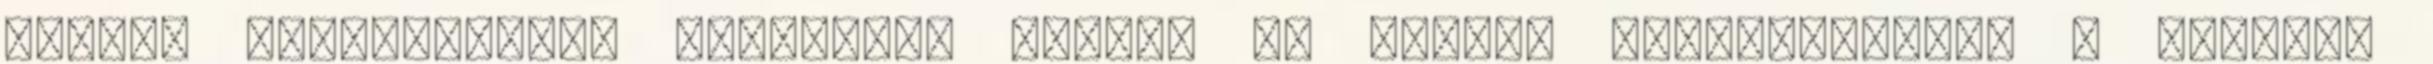
titkos viszonyokig. Mindezzel együtt az utóbbi évtizedekben, a nyugati